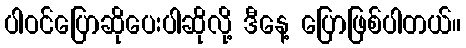
ပါဝင်ပြောဆိုပေးပါဆိုလို့ ဒီနေ့ ပြောဖြစ်ပါတယ်။